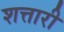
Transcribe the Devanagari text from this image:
शत्तारी